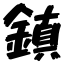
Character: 鎮